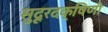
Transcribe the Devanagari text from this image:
सुदूरदक्षिणी